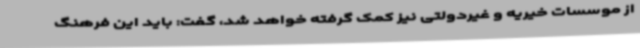
از موسسات خیریه و غیردولتی نیز کمک گرفته خواهد شد، گفت: باید این فرهنگ